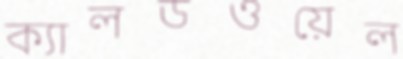
ক্যালডওয়েল